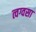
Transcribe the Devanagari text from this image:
त्वग्वसा